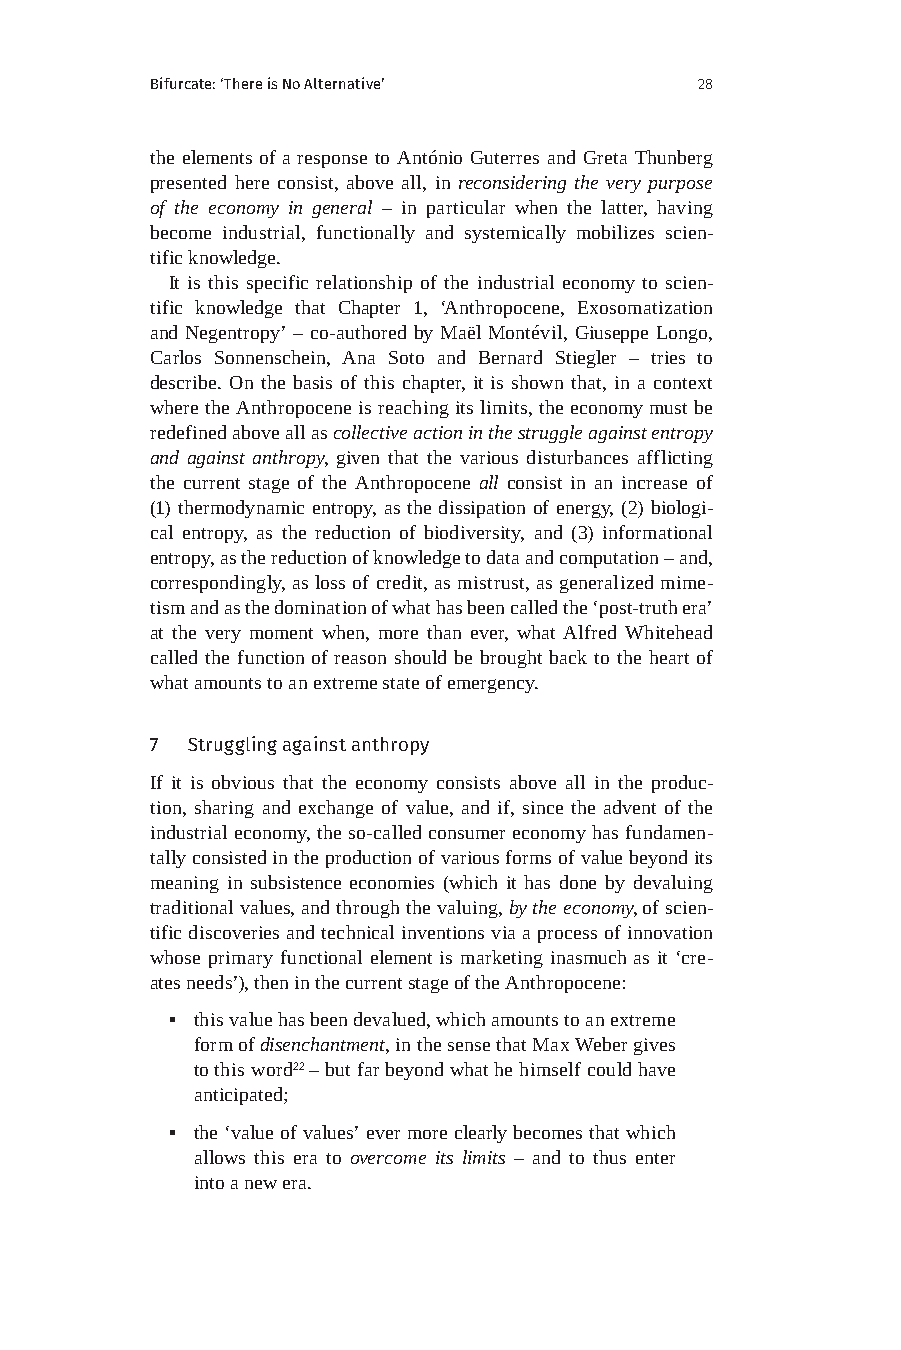
Bifurcate: ‘There is No Alternative’ 28
 the elements of a response to António Guterres and Greta Thunberg
 presented here consist, above all, in reconsidering the very purpose
 of the economy in general – in particular when the latter, having
 become industrial, functionally and systemically mobilizes scien-
 tific knowledge.
 It is this specific relationship of the industrial economy to scien-
 tific knowledge that Chapter 1, ‘Anthropocene, Exosomatization
 and Negentropy’ – co-authored by Maël Montévil, Giuseppe Longo,
 Carlos Sonnenschein, Ana Soto and Bernard Stiegler – tries to
 describe. On the basis of this chapter, it is shown that, in a context
 where the Anthropocene is reaching its limits, the economy must be
 redefined above all as collective action in the struggle against entropy
 and against anthropy, given that the various disturbances afflicting
 the current stage of the Anthropocene all consist in an increase of
 (1) thermodynamic entropy, as the dissipation of energy, (2) biologi-
 cal entropy, as the reduction of biodiversity, and (3) informational
 entropy, as the reduction of knowledge to data and computation – and,
 correspondingly, as loss of credit, as mistrust, as generalized mime-
 tism and as the domination of what has been called the ‘post-truth era’
 at the very moment when, more than ever, what Alfred Whitehead
 called the function of reason should be brought back to the heart of
 what amounts to an extreme state of emergency.
 7 Struggling against anthropy
 If it is obvious that the economy consists above all in the produc-
 tion, sharing and exchange of value, and if, since the advent of the
 industrial economy, the so-called consumer economy has fundamen-
 tally consisted in the production of various forms of value beyond its
 meaning in subsistence economies (which it has done by devaluing
 traditional values, and through the valuing, by the economy, of scien-
 tific discoveries and technical inventions via a process of innovation
 whose primary functional element is marketing inasmuch as it ‘cre-
 ates needs’), then in the current stage of the Anthropocene:
 ▪ this value has been devalued, which amounts to an extreme
 form of disenchantment, in the sense that Max Weber gives
 to this word22 – but far beyond what he himself could have
 anticipated;
 ▪ the ‘value of values’ ever more clearly becomes that which
 allows this era to overcome its limits – and to thus enter
 into a new era.